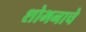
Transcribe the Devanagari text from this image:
शोभनाचे